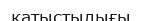
қатыстылығы